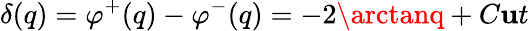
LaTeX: \delta(q)=\varphi^{+}(q)-\varphi^{-}(q)=-2\arctanq+C\mathbf{u}t